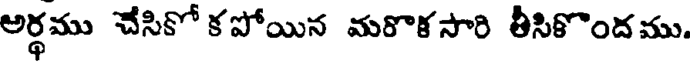
అర్థము చేసికో కపోయిన మరొకసారి తీసికొందము.